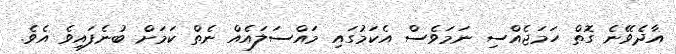
އާދެވޭނެ ގޮތް ހަމަޖެއްސި ނަަމަވެސް އެކަމުގައި މައްސަލައެއް ނެތް ކަމަށް ބުނެފައިވެ އެވެ.